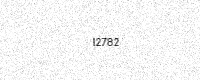
Text: I2782